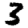
Digit: 3